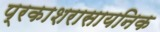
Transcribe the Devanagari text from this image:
प्रकाशरासायनिक